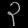
Digit: ၃